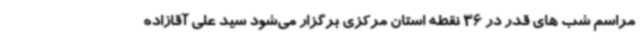
مراسم شب های قدر در 36 نقطه استان مرکزی برگزار می‌شود سید علی آقازاده